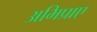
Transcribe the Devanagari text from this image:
अभिप्राए